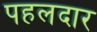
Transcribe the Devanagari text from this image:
पहलदार